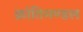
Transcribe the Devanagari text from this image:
क्रांतिमण्डल